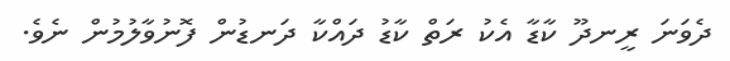
ދެވަނަ ރީނދޫ ކާޑާ އެކު ރަތް ކާޑު ދައްކާ ދަނޑުން ފޮނުވާލުމުން ނެވެ.